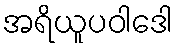
အရိယူပဝါဒေါ